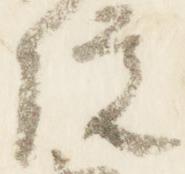
院